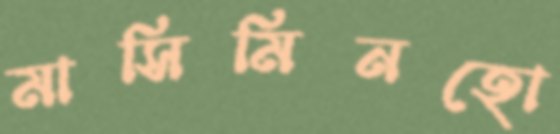
মাসিমিনহো